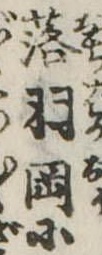
落羽岡に